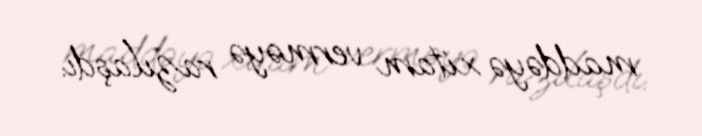
maddəyə xitam verməyə razılaşdı.